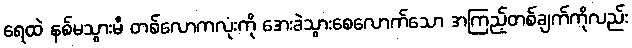
ရေထဲ နစ်မသွားမီ တစ်လောကလုံးကို အေးခဲသွားစေလောက်သော အကြည့်တစ်ချက်ကိုလည်း